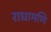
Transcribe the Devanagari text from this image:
राधामणि